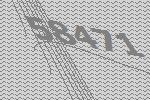
58471